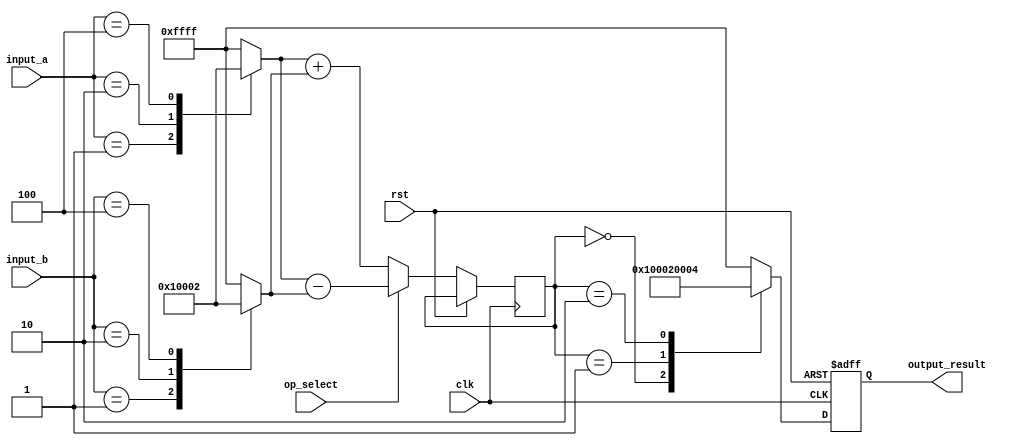
module LogarithmBasedDSPU (
    input wire clk,
    input wire rst,
    input wire [15:0] input_a,  // Input A
    input wire [15:0] input_b,  // Input B
    input wire op_select,        // 0 for multiplication, 1 for division
    output reg [15:0] output_result // Output result
);

    // Internal signals
    wire [15:0] log_a, log_b, log_result;
    wire [15:0] exp_result;

    // Logarithm Block (using a simple LUT for demonstration)
    function [15:0] log_function;
        input [15:0] x;
        begin
            // Simple logarithm approximation using a LUT (for example purposes)
            case (x)
                16'h0001: log_function = 16'h0000; // log(1) = 0
                16'h0002: log_function = 16'h0001; // log(2) = 1
                16'h0004: log_function = 16'h0002; // log(4) = 2
                // Add more cases as needed
                default: log_function = 16'hFFFF; // Error case
            endcase
        end
    endfunction

    // Exponential Block (using a simple LUT for demonstration)
    function [15:0] exp_function;
        input [15:0] x;
        begin
            // Simple exponential approximation using a LUT (for example purposes)
            case (x)
                16'h0000: exp_function = 16'h0001; // exp(0) = 1
                16'h0001: exp_function = 16'h0002; // exp(1) = 2
                16'h0002: exp_function = 16'h0004; // exp(2) = 4
                // Add more cases as needed
                default: exp_function = 16'hFFFF; // Error case
            endcase
        end
    endfunction

    // Logarithm calculations
    assign log_a = log_function(input_a);
    assign log_b = log_function(input_b);

    // Arithmetic Unit
    always @(posedge clk or posedge rst) begin
        if (rst) begin
            output_result <= 16'h0000;
        end else begin
            if (op_select == 1'b0) begin
                // Multiplication in logarithmic domain (addition)
                log_result <= log_a + log_b;
            end else begin
                // Division in logarithmic domain (subtraction)
                log_result <= log_a - log_b;
            end
            // Convert back to linear domain
            output_result <= exp_function(log_result);
        end
    end

endmodule